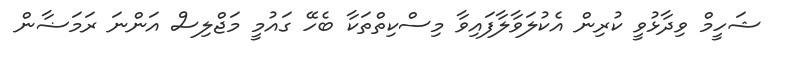
ޝަހީމް ވިދާޅުވީ ކުރިން އެކުލަވާލާފައިވާ މިސްކިތްތަކާ ބެހޭ ގައުމީ މަޖްލިސް އަންނަ ރަމަޟާން